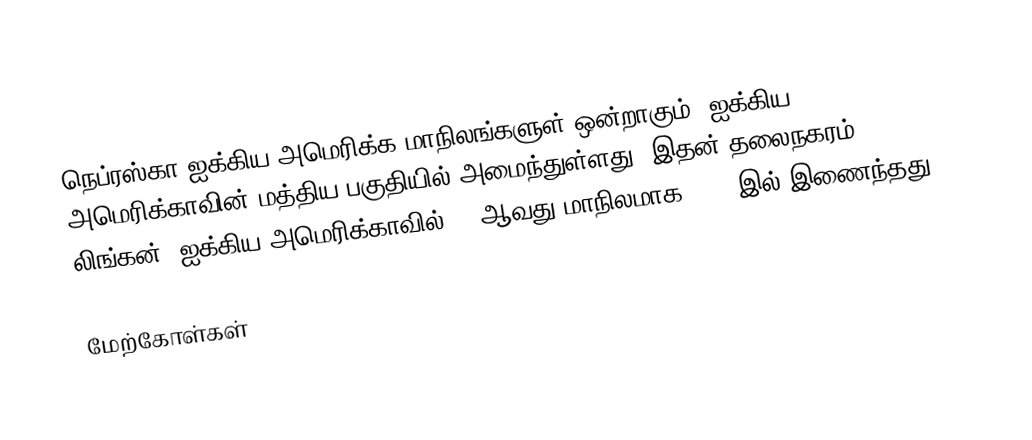
நெப்ரஸ்கா ஐக்கிய அமெரிக்க மாநிலங்களுள் ஒன்றாகும். ஐக்கிய அமெரிக்காவின் மத்திய பகுதியில் அமைந்துள்ளது. இதன் தலைநகரம் லிங்கன். ஐக்கிய அமெரிக்காவில் 37 ஆவது மாநிலமாக 1867 இல் இணைந்தது,

மேற்கோள்கள்